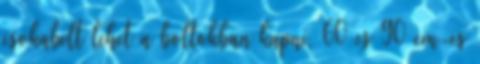
csokabelt lehet a boltokban kapni, 60 es 90 cm-es